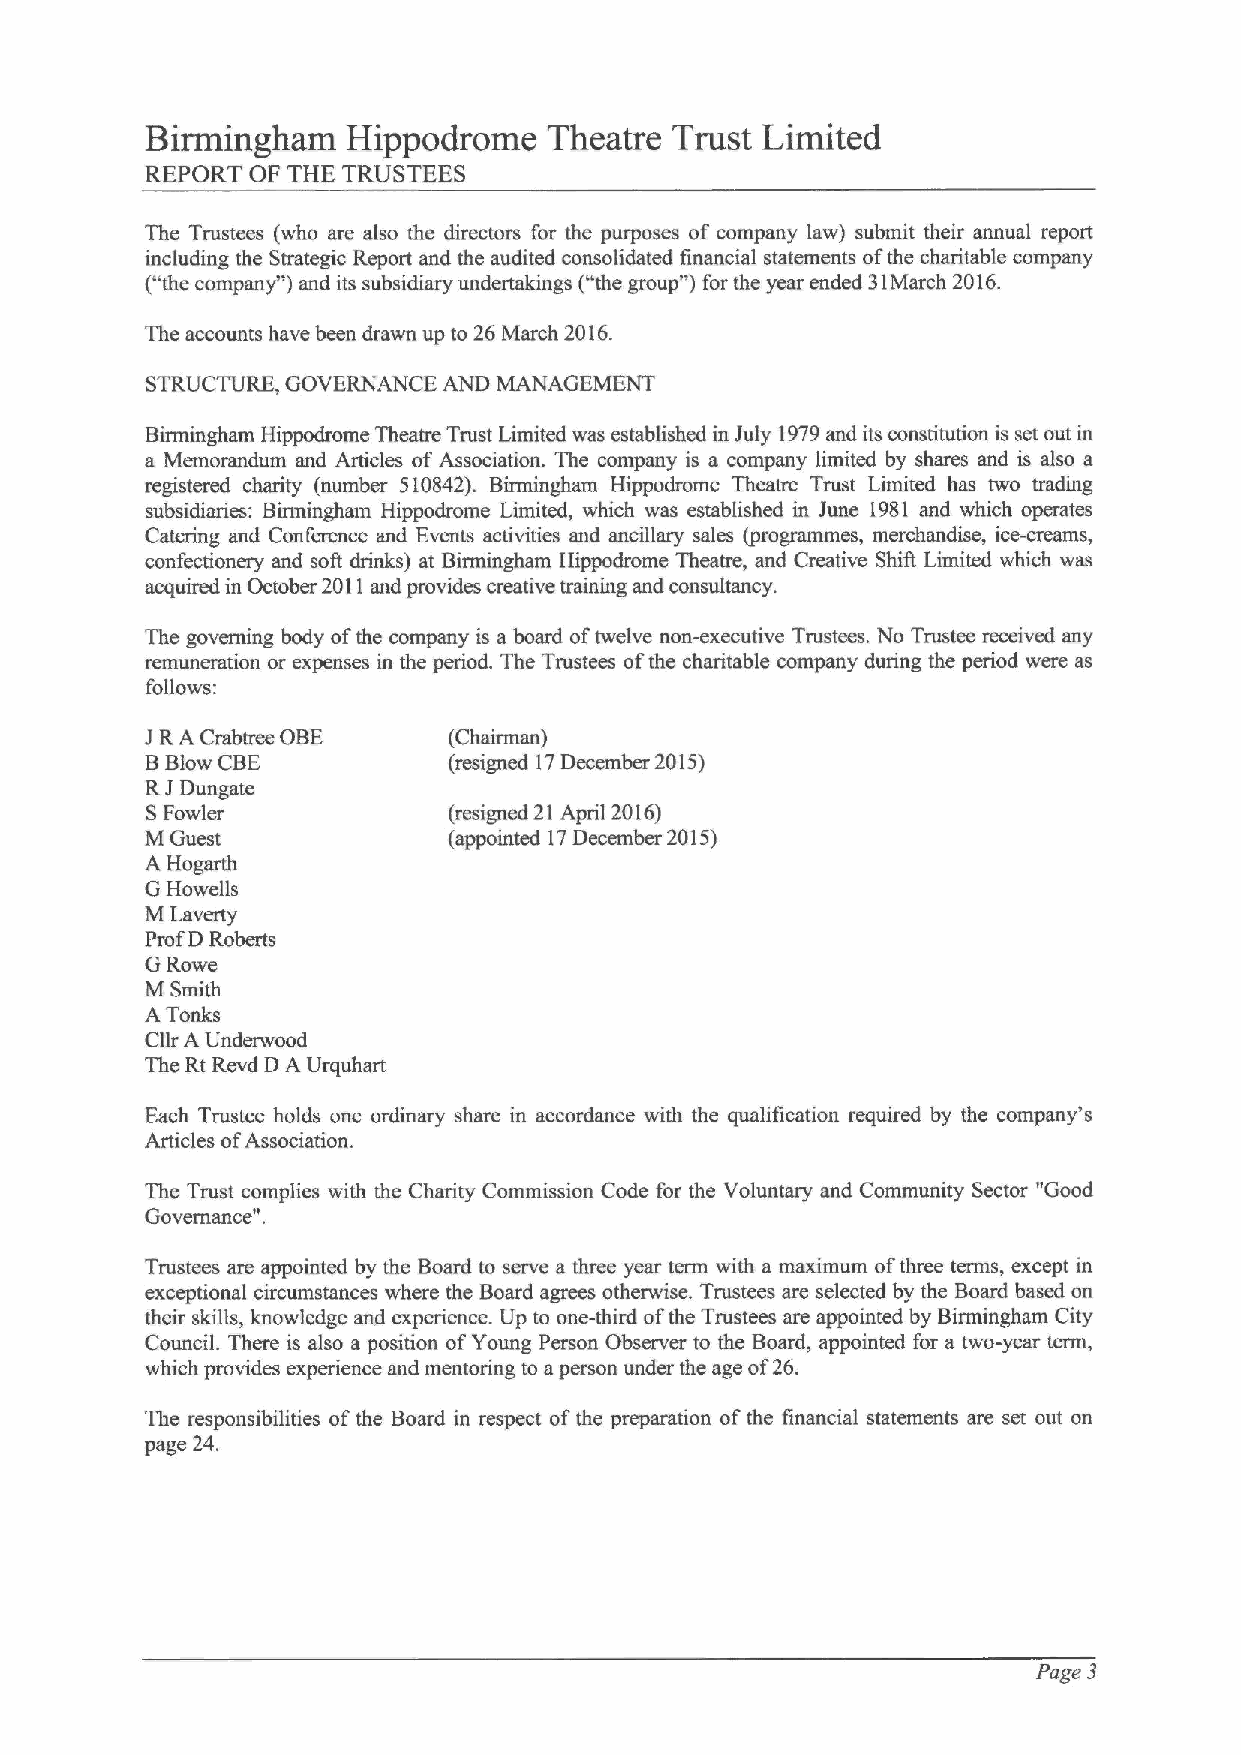
Birmingham   Hippodrome   Theatre Trust Limited
 REPORT OF THE TRUSTEES
 The Trustees (who are also the directors for the purposes of company law) submit their annual report
 including the Strategic Report and the audited consolidated financial statements ofthe charitable company
 ("the company") and its subsidiary undertakings ("the group") for the year ended 31March 2016.
 The accounts have been drawn up to 26 March 2016.
 STRUCTURE, GOVERNANCE AND MANAGEMENT
 Birmingham Hippodrome Theatre Trust Limited was established in July 1979and its constitution is set out in
 a Memomndum and Articles of Association. The company is a company limited by shares and is also a
 registered charity (number 510842). Birmingham Hippodrome Theatre Trust Limited has two trading
 subsidiaries: Birmingham Hippodrome Limited, which was established in June 1981 and which operates
 Catering and Conference and Events activities and ancillary sales (programmes, merchandise, ice-creams,
 confectionery and soft drinks) at Birmingham Hippodrome Theatre, and Creative Shift Limited which was
 acquired in October 2011and provides creative training and consultancy.
 The governing body ofthe company is a board oftwelve non-executive Trustees. No Trustee received any
 remuneration or expenses in the period. The Trustees ofthe charitable company during the period were as
 follows:
 JRA Crabtree OBE    (Chairman)
 BBlow CBE           (resigned 17December 2015)
 RJDungate
 SFowler             (resigned 21 April 2016)
 M Guest             (appointed 17December 2015)
 A Hogarth
 G Howells
 M Lavetty
 Prof D Roberts
 GRowe
 M Smith
 ATonks
 Cllr A Underwood
 The Rt Revd D A Urquhart
 Each Trustee holds one ordinary share in accordance with the qualification required by the company's
 Articles ofAssociation.
 The Trust complies with the Charity Commission Code for the Voluntary and Community Sector "Good
 Governance".
 Trustees are appointed by the Board to serve a three year term with a maximum ofthree terms, except in
 exceptional circumstances where the Board agrees otherwise. Trustees are selected by the Board based on
 their skills, knowledge and experience. Up to one-third ofthe Trustees are appointed by Birmingham City
 Council. There is also a position ofYoung Person Observer to the Board, appointed for a two-year term,
 which provides experience and mentoring to aperson under the age of26.
 The responsibilities ofthe Board in respect ofthe preparation ofthe financial statements are set out on
 page 24.
 Page 3